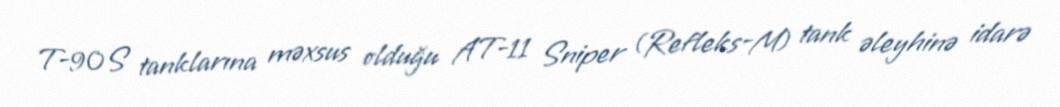
T-90S tanklarına məxsus olduğu AT-11 Sniper (Refleks-M) tank əleyhinə idarə